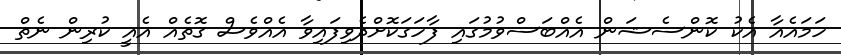
ހަމައެއާ އެކު ކޮންސެޝަން އެއްބަސްވުމުގައި ފާހަގަކޮށްދެވިފައިވާ އެއްވެސް ގޮތެއް އެއީ ކުރިން ނެތް